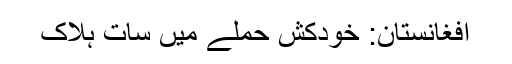
افغانستان: خودکش حملے میں سات ہلاک